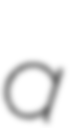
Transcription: a